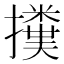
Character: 𢷥